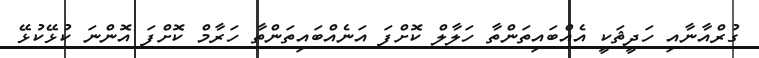
ގުރްއާނާއި ހަދީޘަކީ އެއްބައިތަންތާ ހަލާލް ކޮށްފަ އަނެއްބައިތަންތާ ހަރާމް ކޮށްފަ އޮންނަ ކުޅޭކުޅޭ